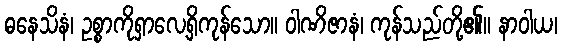
ဓနေသိနံ၊ ဥစ္စာကိုရှာလေ့ရှိကုန်သော။ ဝါဏိဇာနံ၊ ကုန်သည်တို့၏။ နာဝါယ၊